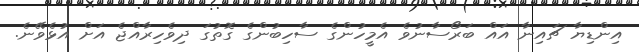
އިންޑިޔާ ޗައިނާ އައް ބަރޯސާނުވެ އެމީހުންގެ ސާހިބުންގެ ގޮތުގަ ދިވެހިރާއްޖެ އަށް އުޅެވޭނެ.